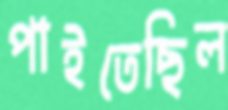
পাইতেছিল